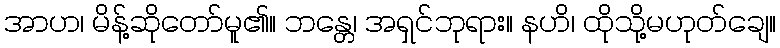
အာဟ၊ မိန့်ဆိုတော်မူ၏။ ဘန္တေ၊ အရှင်ဘုရား။ နဟိ၊ ထိုသို့မဟုတ်ချေ။